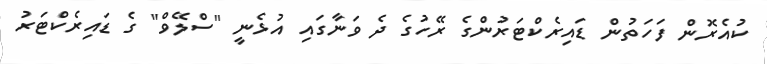
ކުއެރޮން ފަހަތުން ޑައިރެކްޓަރުންގެ ރޭހުގެ ދެ ވަނާގައި އުޅެނީ "ސްލޭވް" ގެ ޑައިރެކްޓަރު